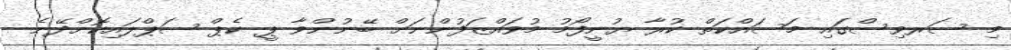
މި ސަރވިސްގައި މަސައްކަތް ކުރާ ޔުނީފޯމު މުވައްޒަފުންނަށް ބޭނުންވާ ޕީ ކެޕް ސަޕްލައިކޮށްދޭނެ